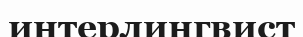
интерлингвист